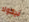
نيكولا